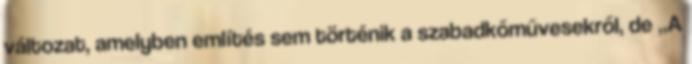
válto­zat, amelyben említés sem történik a szabadkőművesekről, de „A